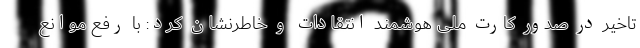
تاخیر در صدور کارت‌ ملی هوشمند انتقادات و خاطرنشان کرد: با رفع موانع